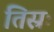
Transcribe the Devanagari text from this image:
तिस्रः